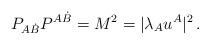
LaTeX: \begin{align*}P_{A\dot{B}} P^{A\dot{B}} = M^{2}= |\lambda_{A} u^{A}|^{2} \, .\end{align*}